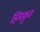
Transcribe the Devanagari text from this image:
हिमकृत